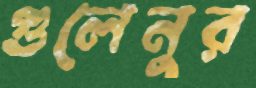
গুলেনুর